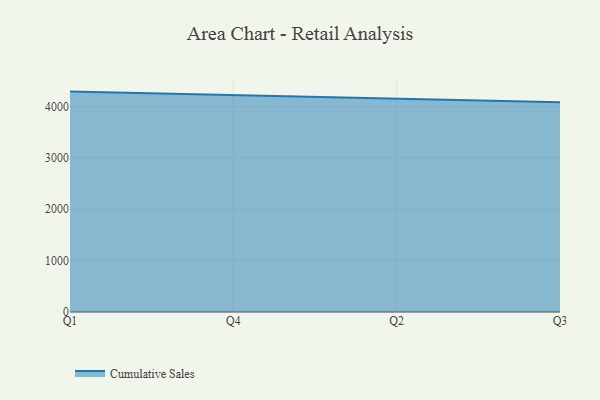
{"axis": {"x": "Quarter", "y": "Bounce Rate (%)"}, "legend": ["Cumulative Sales"], "data": [{"x": "Q1", "y": 4290.3, "type": "Cumulative Sales"}, {"x": "Q4", "y": 4220.4, "type": "Cumulative Sales"}, {"x": "Q2", "y": 4144.1, "type": "Cumulative Sales"}, {"x": "Q3", "y": 4081.2, "type": "Cumulative Sales"}]}